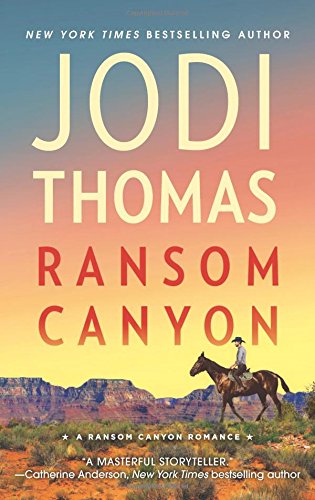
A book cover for Ransom Canyon; Jodi Thomas; Romance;